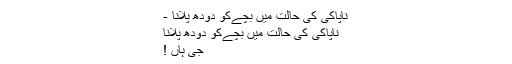
ناپاکی کی حالت میں بچےکو دودھ پلانا -
ناپاکی کی حالت میں بچےکو دودھ پلانا
جی ہاں !